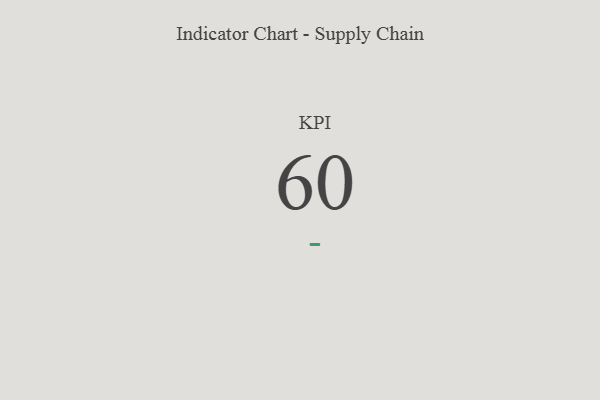
{"axis": {"x": "KPI", "y": "Value"}, "legend": [""], "data": [{"x": "KPI", "y": 60, "type": ""}]}